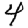
Digit: 4